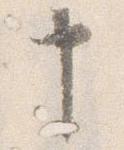
申